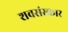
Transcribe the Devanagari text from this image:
शवसंस्कार